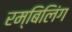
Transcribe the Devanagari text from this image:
रम्बिलिंग